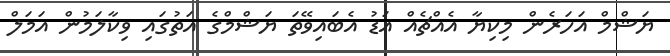
ޔަޝްމް އަހަރެން މިކިޔާ އެއްޗެއް އަޑު އެބައިވޭތަ ޔަޝްމްގެ އަތުގައި ވިކާލަމުން އަމަލް